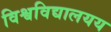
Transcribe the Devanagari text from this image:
विश्वविद्यालयय